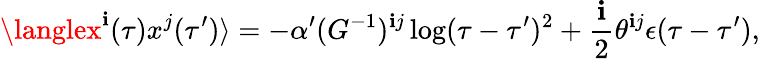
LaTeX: \langlex^{\mathbf{i}}(\tau)x^{j}(\tau^{\prime})\rangle=-\alpha^{\prime}(G^{-1})^{\mathbf{i}j}\log(\tau-\tau^{\prime})^{2}+\frac{{\mathbf{i}}}{{2}}\theta^{\mathbf{i}j}\epsilon(\tau-\tau^{\prime}),